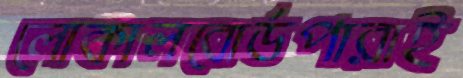
লোকালবোর্ডপারাই